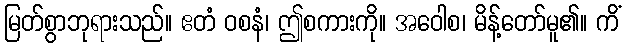
မြတ်စွာဘုရားသည်။ ဧတံ ဝစနံ၊ ဤစကားကို။ အဝေါစ၊ မိန့်တော်မူ၏။ ကိံ